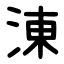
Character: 涷